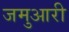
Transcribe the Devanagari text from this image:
जमुआरी